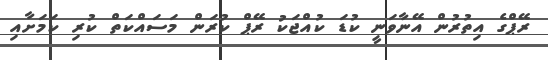
ރޭޕްގެ އިތުރުން އޭނާވަނީ ކުޑަ ކުއްޖަކު ރޭޕް ކުރަން މަސައްކަތް ކުރި ކަމަށާއި